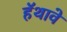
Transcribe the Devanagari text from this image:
हॅथावे